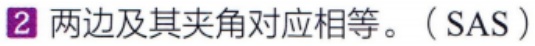
2 两边及其夹角对应相等。（SAS）